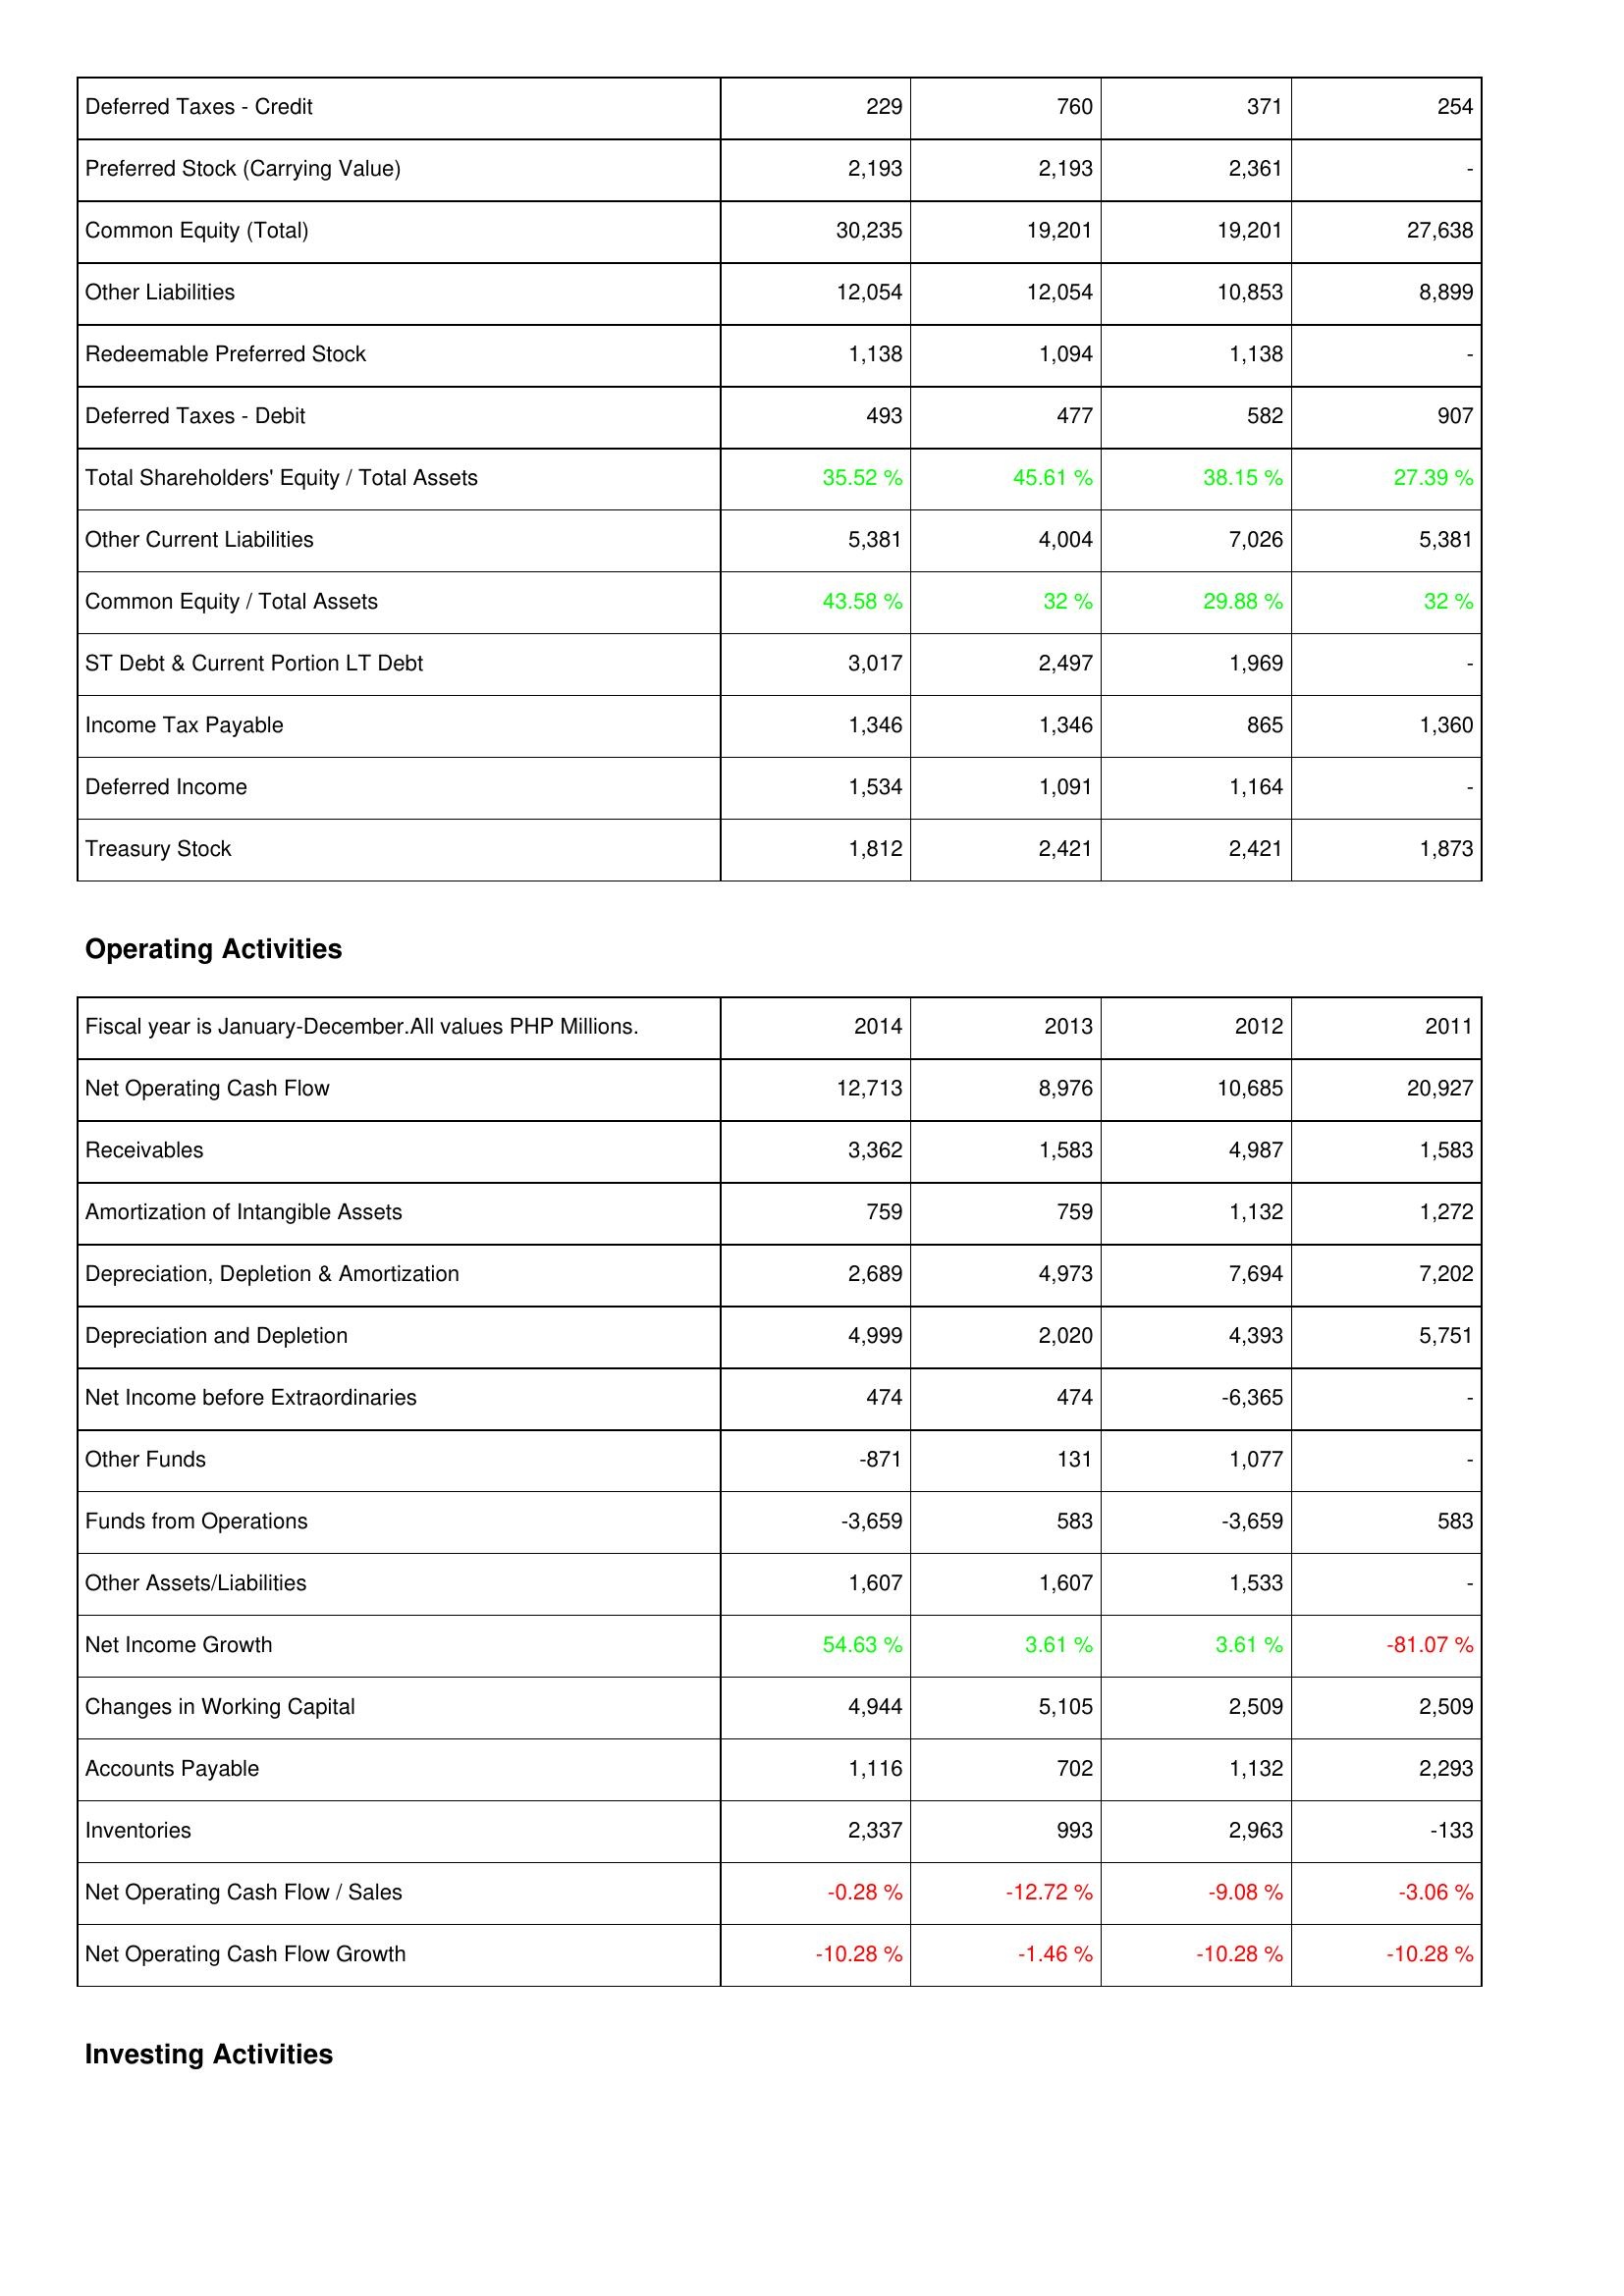
2014: Liabilities & Shareholders' Equity: Deferred Taxes - Credit: 229
Preferred Stock (Carrying Value): 2,193
Common Equity (Total): 30,235
Other Liabilities: 12,054
Redeemable Preferred Stock: 1,138
Deferred Taxes - Debit: 493
Total Shareholders' Equity / Total Assets: 35.52 %
Other Current Liabilities: 5,381
Common Equity / Total Assets: 43.58 %
ST Debt & Current Portion LT Debt: 3,017
Income Tax Payable: 1,346
Deferred Income: 1,534
Treasury Stock: 1,812
Operating Activities: Net Operating Cash Flow: 12,713
Receivables: 3,362
Amortization of Intangible Assets: 759
Depreciation, Depletion & Amortization: 2,689
Depreciation and Depletion: 4,999
Net Income before Extraordinaries: 474
Other Funds: -871
Funds from Operations: -3,659
Other Assets/Liabilities: 1,607
Net Income Growth: 54.63 %
Changes in Working Capital: 4,944
Accounts Payable: 1,116
Inventories: 2,337
Net Operating Cash Flow / Sales: -0.28 %
Net Operating Cash Flow Growth: -10.28 %
2013: Liabilities & Shareholders' Equity: Deferred Taxes - Credit: 760
Preferred Stock (Carrying Value): 2,193
Common Equity (Total): 19,201
Other Liabilities: 12,054
Redeemable Preferred Stock: 1,094
Deferred Taxes - Debit: 477
Total Shareholders' Equity / Total Assets: 45.61 %
Other Current Liabilities: 4,004
Common Equity / Total Assets: 32 %
ST Debt & Current Portion LT Debt: 2,497
Income Tax Payable: 1,346
Deferred Income: 1,091
Treasury Stock: 2,421
Operating Activities: Net Operating Cash Flow: 8,976
Receivables: 1,583
Amortization of Intangible Assets: 759
Depreciation, Depletion & Amortization: 4,973
Depreciation and Depletion: 2,020
Net Income before Extraordinaries: 474
Other Funds: 131
Funds from Operations: 583
Other Assets/Liabilities: 1,607
Net Income Growth: 3.61 %
Changes in Working Capital: 5,105
Accounts Payable: 702
Inventories: 993
Net Operating Cash Flow / Sales: -12.72 %
Net Operating Cash Flow Growth: -1.46 %
2012: Liabilities & Shareholders' Equity: Deferred Taxes - Credit: 371
Preferred Stock (Carrying Value): 2,361
Common Equity (Total): 19,201
Other Liabilities: 10,853
Redeemable Preferred Stock: 1,138
Deferred Taxes - Debit: 582
Total Shareholders' Equity / Total Assets: 38.15 %
Other Current Liabilities: 7,026
Common Equity / Total Assets: 29.88 %
ST Debt & Current Portion LT Debt: 1,969
Income Tax Payable: 865
Deferred Income: 1,164
Treasury Stock: 2,421
Operating Activities: Net Operating Cash Flow: 10,685
Receivables: 4,987
Amortization of Intangible Assets: 1,132
Depreciation, Depletion & Amortization: 7,694
Depreciation and Depletion: 4,393
Net Income before Extraordinaries: -6,365
Other Funds: 1,077
Funds from Operations: -3,659
Other Assets/Liabilities: 1,533
Net Income Growth: 3.61 %
Changes in Working Capital: 2,509
Accounts Payable: 1,132
Inventories: 2,963
Net Operating Cash Flow / Sales: -9.08 %
Net Operating Cash Flow Growth: -10.28 %
2011: Liabilities & Shareholders' Equity: Deferred Taxes - Credit: 254
Preferred Stock (Carrying Value): -
Common Equity (Total): 27,638
Other Liabilities: 8,899
Redeemable Preferred Stock: -
Deferred Taxes - Debit: 907
Total Shareholders' Equity / Total Assets: 27.39 %
Other Current Liabilities: 5,381
Common Equity / Total Assets: 32 %
ST Debt & Current Portion LT Debt: -
Income Tax Payable: 1,360
Deferred Income: -
Treasury Stock: 1,873
Operating Activities: Net Operating Cash Flow: 20,927
Receivables: 1,583
Amortization of Intangible Assets: 1,272
Depreciation, Depletion & Amortization: 7,202
Depreciation and Depletion: 5,751
Net Income before Extraordinaries: -
Other Funds: -
Funds from Operations: 583
Other Assets/Liabilities: -
Net Income Growth: -81.07 %
Changes in Working Capital: 2,509
Accounts Payable: 2,293
Inventories: -133
Net Operating Cash Flow / Sales: -3.06 %
Net Operating Cash Flow Growth: -10.28 %